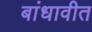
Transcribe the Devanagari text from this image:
बांधावीत